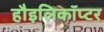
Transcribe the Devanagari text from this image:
हौइलिकॉप्टर